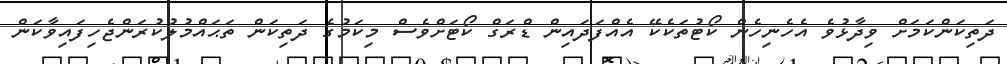
ދަތިކަންކަމަށް ވިދާޅުވެ އެހެނިހެން ކޯޓުތަކެކޭ އެއްފަދައިން ޑްރަގް ކޯޓަށްވެސް މިކަމުގެ ދަތިކަން ތަޙައްމުލުކުރަންޖެހިފައިވާކަން